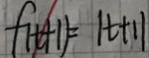
f ( t + 1 ) = \vert t + 1 \vert